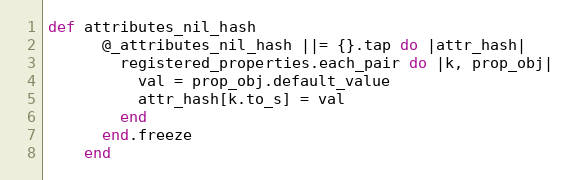
Language: Ruby
def attributes_nil_hash
      @_attributes_nil_hash ||= {}.tap do |attr_hash|
        registered_properties.each_pair do |k, prop_obj|
          val = prop_obj.default_value
          attr_hash[k.to_s] = val
        end
      end.freeze
    end